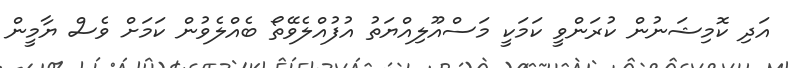
އަދި ކޮމިޝަނުން ކުރަންވީ ކަމަކީ މަސްއޫލިއްޔަތު އުފުއްލެވޭތޯ ބެއްލެވުން ކަމަށް ވެސް ޔާމީން